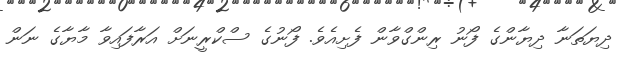
ދިޔަތަނާ ދިޔާންގެ ފޯނު ރިންގްވާން ފެށިއެވެ. ފޯނުގެ ސްކްރީނަށް އަރާފައިވާ މާޔާގެ ނަން